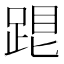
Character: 𨁞